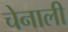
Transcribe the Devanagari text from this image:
चेनाली